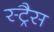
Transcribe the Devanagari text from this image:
स्ट्रैस